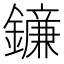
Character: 䥥